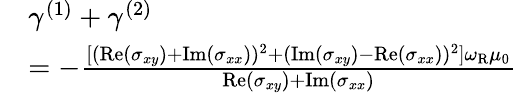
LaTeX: \begin{array}{rl}&{\gamma^{(1)}+\gamma^{(2)}}\\ &{=-\frac{[(\mathrm{Re}(\sigma_{xy})+\mathrm{Im}(\sigma_{xx}))^{2}+(\mathrm{Im}(\sigma_{xy})-\mathrm{Re}(\sigma_{xx}))^{2}]\omega_{\mathrm{R}}\mu_{0}}{\mathrm{Re}(\sigma_{xy})+\mathrm{Im}(\sigma_{xx})}}\end{array}